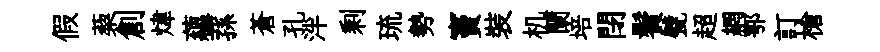
假蔾創煒蘊蓀蒼孔泮剩琉勢竇裝机蘭培閉鬢甓超網鄂訂槍